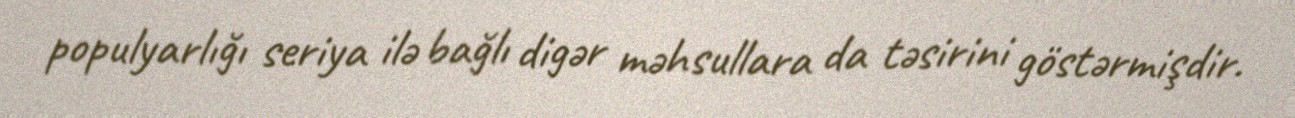
populyarlığı seriya ilə bağlı digər məhsullara da təsirini göstərmişdir.